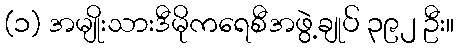
(၁) အမျိုးသားဒီမိုကရေစီအဖွဲ့ချုပ် ၃၉၂ ဦး။